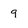
Character: 9